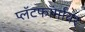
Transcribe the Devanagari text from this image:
प्लॅटफॉर्मांवर